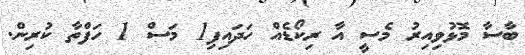
ބާސާ މޮޅުވިއިރު މެސީ އާ ރިކޯޑެއް ހަދައިފި1 މަސް 1 ހަފްތާ ކުރިން.